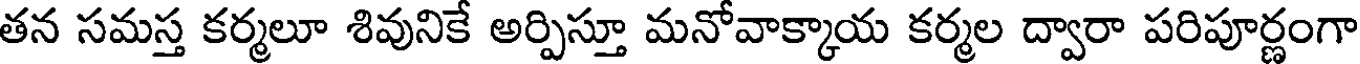
తన సమస్త కర్మలూ శివునికే అర్పిస్తూ మనోవాక్కాయ కర్మల ద్వారా పరిపూర్ణంగా